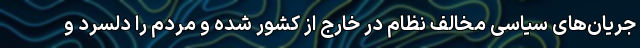
جریان‌های سیاسی مخالف نظام در خارج از کشور شده و مردم را دلسرد و